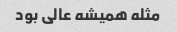
مثله همیشه عالی بود